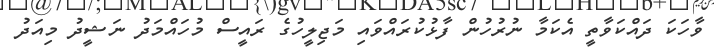
ވާހަކަ ދައްކަވާތީ އެކަމާ ނުރުހުން ފާޅުކުރައްވައި މަޖިލީހުގެ ރައީސް މުހައްމަދު ނަޝީދު މިއަދު